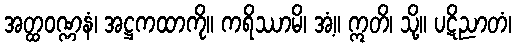
အတ္ထဝဏ္ဏနံ၊ အဋ္ဌကထာကို။ ကရိဿာမိ၊ အံ့။ ဣတိ၊ သို့။ ပဋိညာတံ၊